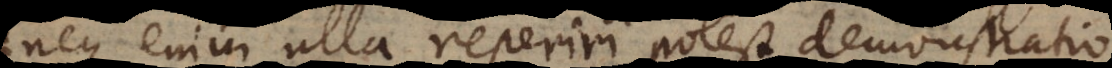
neque enim ulla reperiri potest demonstratio